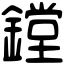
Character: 鏜